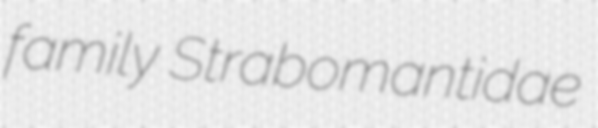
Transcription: family Strabomantidae